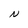
Character: N